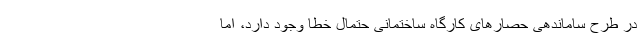
در طرح ساماندهی حصار‌های کارگاه ساختمانی حتمال خطا وجود دارد، اما